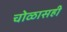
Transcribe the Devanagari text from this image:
चोळासही